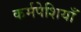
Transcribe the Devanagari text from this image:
कर्मपेशियाँ